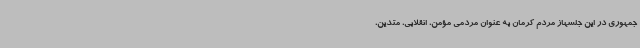
جمهوری در این جلسهاز مردم کرمان به عنوان مردمی مؤمن، انقلابی، متدین،